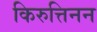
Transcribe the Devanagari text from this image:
किरुत्तिनन